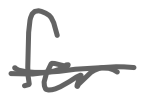
Text: for
Cross-out: single-line
Writing tool: digital_gray